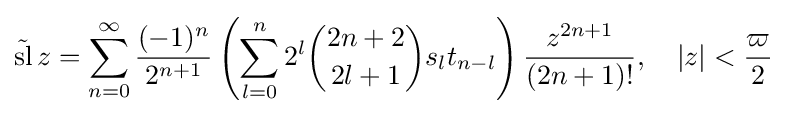
{\tilde {\operatorname {sl} }}\,z=\sum _{n=0}^{\infty }{\frac {(-1)^{n}}{2^{n+1}}}\left(\sum _{l=0}^{n}2^{l}{\binom {2n+2}{2l+1}}s_{l}t_{n-l}\right){\frac {z^{2n+1}}{(2n+1)!}},\quad \left|z\right|<{\frac {\varpi }{2}}